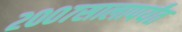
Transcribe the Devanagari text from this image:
२००७सालापर्यंत